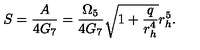
S = \frac { A } { 4 G _ { 7 } } = \frac { \Omega _ { 5 } } { 4 G _ { 7 } } \sqrt { 1 + \frac { q } { r _ { h } ^ { 4 } } } r _ { h } ^ { 5 } .